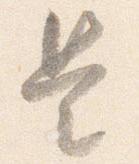
是